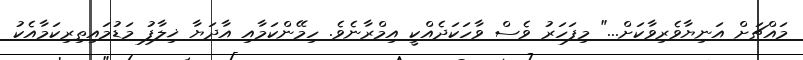
މައްޗަށް އަނިޔާވެރިވާކަށް..." މިފަހަރު ވެސް ވާހަކަދެއްކީ އިމްރާނެވެ. ހިމޭންކަމާއި އާދަޔާ ޚިލާފު މަޑުމައިތިރިކަމާއެކު